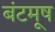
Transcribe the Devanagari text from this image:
बंटमूष